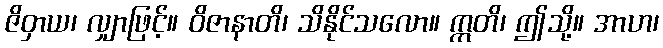
ဇိဝှာယ၊ လျှာဖြင့်။ ဝိဇာနာတိ၊ သိနိုင်သလော။ ဣတိ၊ ဤသို့။ အာဟ၊